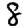
Digit: 8